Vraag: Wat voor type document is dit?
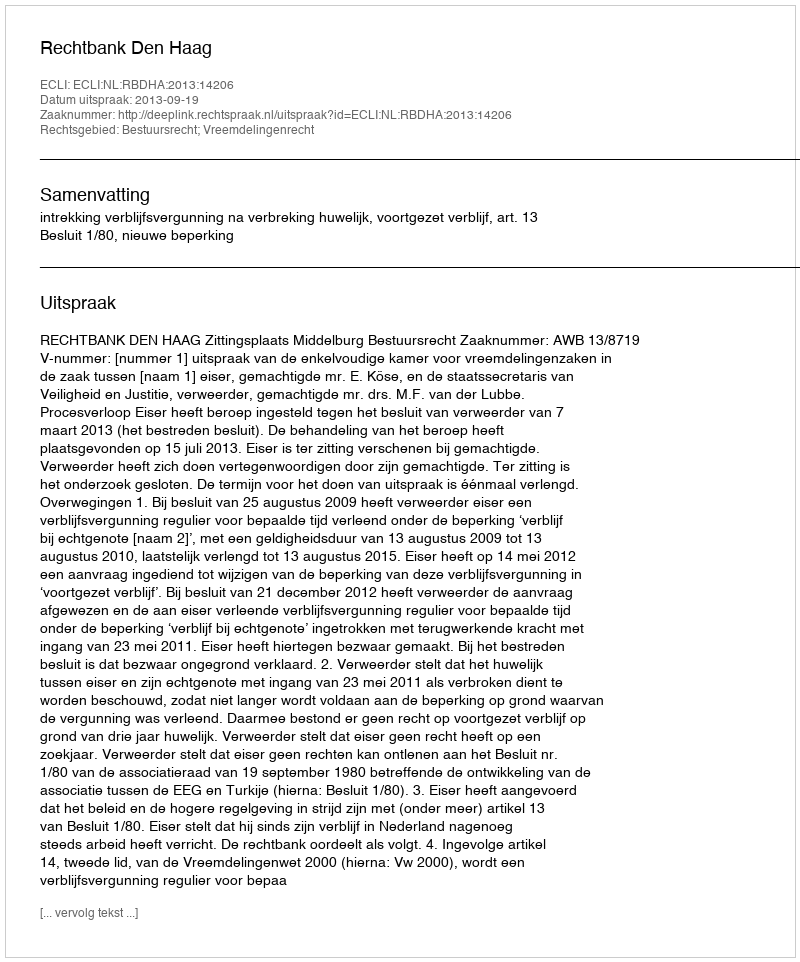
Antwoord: Uitspraak